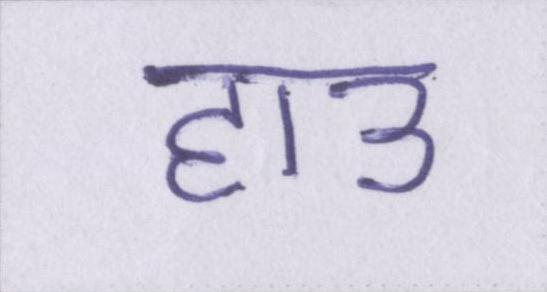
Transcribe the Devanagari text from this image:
हाउ